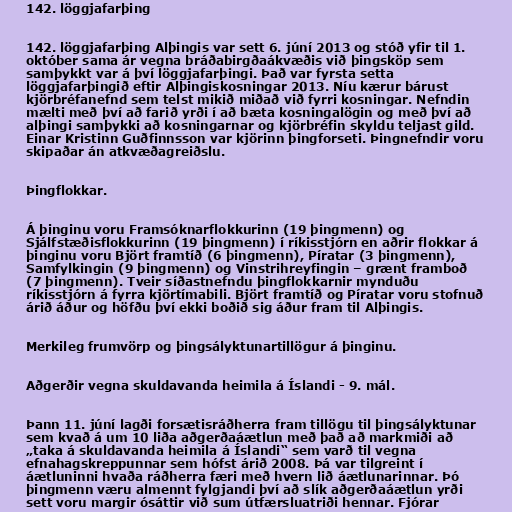
142. löggjafarþing

142. löggjafarþing Alþingis var sett 6. júní 2013 og stóð yfir til 1.
október sama ár vegna bráðabirgðaákvæðis við þingsköp sem
samþykkt var á því löggjafarþingi. Það var fyrsta setta
löggjafarþingið eftir Alþingiskosningar 2013. Níu kærur bárust
kjörbréfanefnd sem telst mikið miðað við fyrri kosningar. Nefndin
mælti með því að farið yrði í að bæta kosningalögin og með því að
alþingi samþykki að kosningarnar og kjörbréfin skyldu teljast gild.
Einar Kristinn Guðfinnsson var kjörinn þingforseti. Þingnefndir voru
skipaðar án atkvæðagreiðslu.

Þingflokkar.

Á þinginu voru Framsóknarflokkurinn (19 þingmenn) og
Sjálfstæðisflokkurinn (19 þingmenn) í ríkisstjórn en aðrir flokkar á
þinginu voru Björt framtíð (6 þingmenn), Píratar (3 þingmenn),
Samfylkingin (9 þingmenn) og Vinstrihreyfingin – grænt framboð
(7 þingmenn). Tveir síðastnefndu þingflokkarnir mynduðu
ríkisstjórn á fyrra kjörtímabili. Björt framtíð og Píratar voru stofnuð
árið áður og höfðu því ekki boðið sig áður fram til Alþingis.

Merkileg frumvörp og þingsályktunartillögur á þinginu.

Aðgerðir vegna skuldavanda heimila á Íslandi - 9. mál.

Þann 11. júní lagði forsætisráðherra fram tillögu til þingsályktunar
sem kvað á um 10 liða aðgerðaáætlun með það að markmiði að
„taka á skuldavanda heimila á Íslandi“ sem varð til vegna
efnahagskreppunnar sem hófst árið 2008. Þá var tilgreint í
áætluninni hvaða ráðherra færi með hvern lið áætlunarinnar. Þó
þingmenn væru almennt fylgjandi því að slík aðgerðaáætlun yrði
sett voru margir ósáttir við sum útfærsluatriði hennar. Fjórar